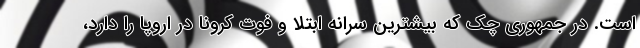
است. در جمهوری چک که بیشترین سرانه ابتلا و فوت کرونا در اروپا را دارد،